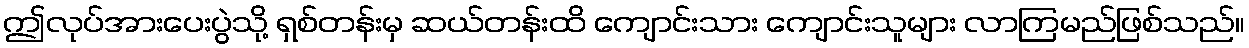
ဤလုပ်အားပေးပွဲသို့ ရှစ်တန်းမှ ဆယ်တန်းထိ ကျောင်းသား ကျောင်းသူများ လာကြမည်ဖြစ်သည်။